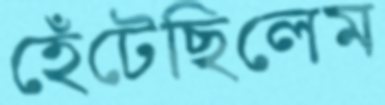
হেঁটেছিলেম